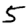
Digit: 5